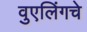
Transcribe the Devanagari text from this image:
वुएलिंगचे